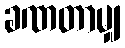
ခဏတာမျှ